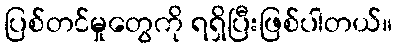
ပြစ်တင်မှုတွေကို ရရှိပြီးဖြစ်ပါတယ်။